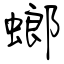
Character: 螂